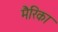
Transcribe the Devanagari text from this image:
मैरिका